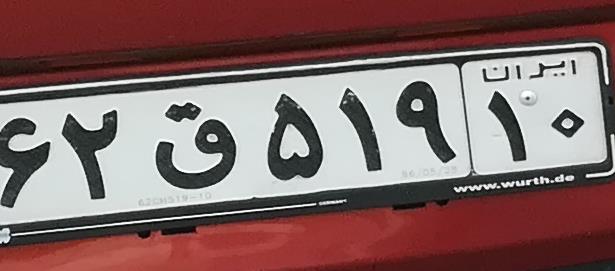
۶۲ق۵۱۹۱۰